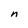
Character: n